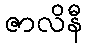
ဇာလိနီ